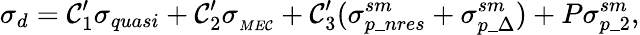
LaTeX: \sigma_{d}=\mathcal{C}_{1}^{\prime}\sigma_{quasi}+\mathcal{C}_{2}^{\prime}\sigma_{_{ME\mathcal{C}}}+\mathcal{C}_{3}^{\prime}(\sigma_{p\_ nres}^{sm}+\sigma_{p\_ \Delta}^{sm})+P\sigma_{p\_ 2}^{sm},